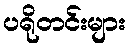
ပရိုတင်းများ